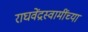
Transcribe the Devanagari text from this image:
राघवेंद्रस्वामींच्या